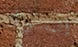
المقتول